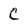
Character: C